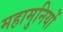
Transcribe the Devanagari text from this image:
महामुनियों